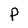
Character: P